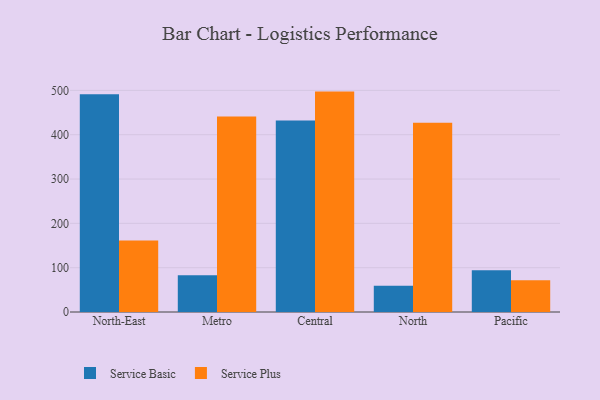
{"axis": {"x": "Region", "y": "Backlog"}, "legend": ["Service Basic", "Service Plus"], "data": [{"x": "North-East", "y": 491.4, "type": "Service Basic"}, {"x": "North-East", "y": 161.6, "type": "Service Plus"}, {"x": "Metro", "y": 83.0, "type": "Service Basic"}, {"x": "Metro", "y": 441.1, "type": "Service Plus"}, {"x": "Central", "y": 432.0, "type": "Service Basic"}, {"x": "Central", "y": 497.3, "type": "Service Plus"}, {"x": "North", "y": 59.0, "type": "Service Basic"}, {"x": "North", "y": 427.1, "type": "Service Plus"}, {"x": "Pacific", "y": 94.2, "type": "Service Basic"}, {"x": "Pacific", "y": 71.7, "type": "Service Plus"}]}